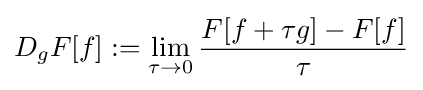
D_{g}F[f]:=\lim _{\tau \to 0}{\frac {F[f+\tau g]-F[f]}{\tau }}